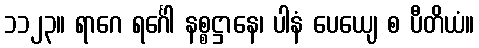
၁၁၂၃။ ရာဂေ ရင်္ဂေါ နစ္စဋ္ဌာနေ၊ ပါနံ ပေယျေ စ ပီတိယံ။